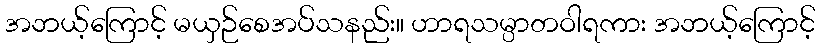
အဘယ့်ကြောင့် မယှဉ်စေအပ်သနည်း။ ဟာရသမ္ပာတဝါရကား အဘယ့်ကြောင့်